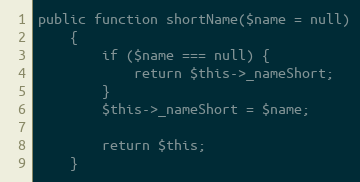
Language: PHP
public function shortName($name = null)
    {
        if ($name === null) {
            return $this->_nameShort;
        }
        $this->_nameShort = $name;

        return $this;
    }